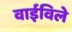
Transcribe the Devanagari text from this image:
वाईविले